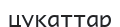
цукаттар